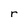
Character: r